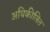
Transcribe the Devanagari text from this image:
अधिकीलित